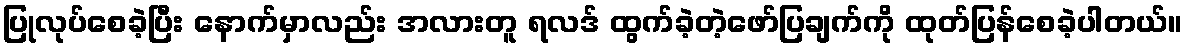
ပြုလုပ်စေခဲ့ပြီး နောက်မှာလည်း အလားတူ ရလဒ် ထွက်ခဲ့တဲ့ဖော်ပြချက်ကို ထုတ်ပြန်စေခဲ့ပါတယ်။